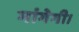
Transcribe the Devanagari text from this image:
मांगेगी।